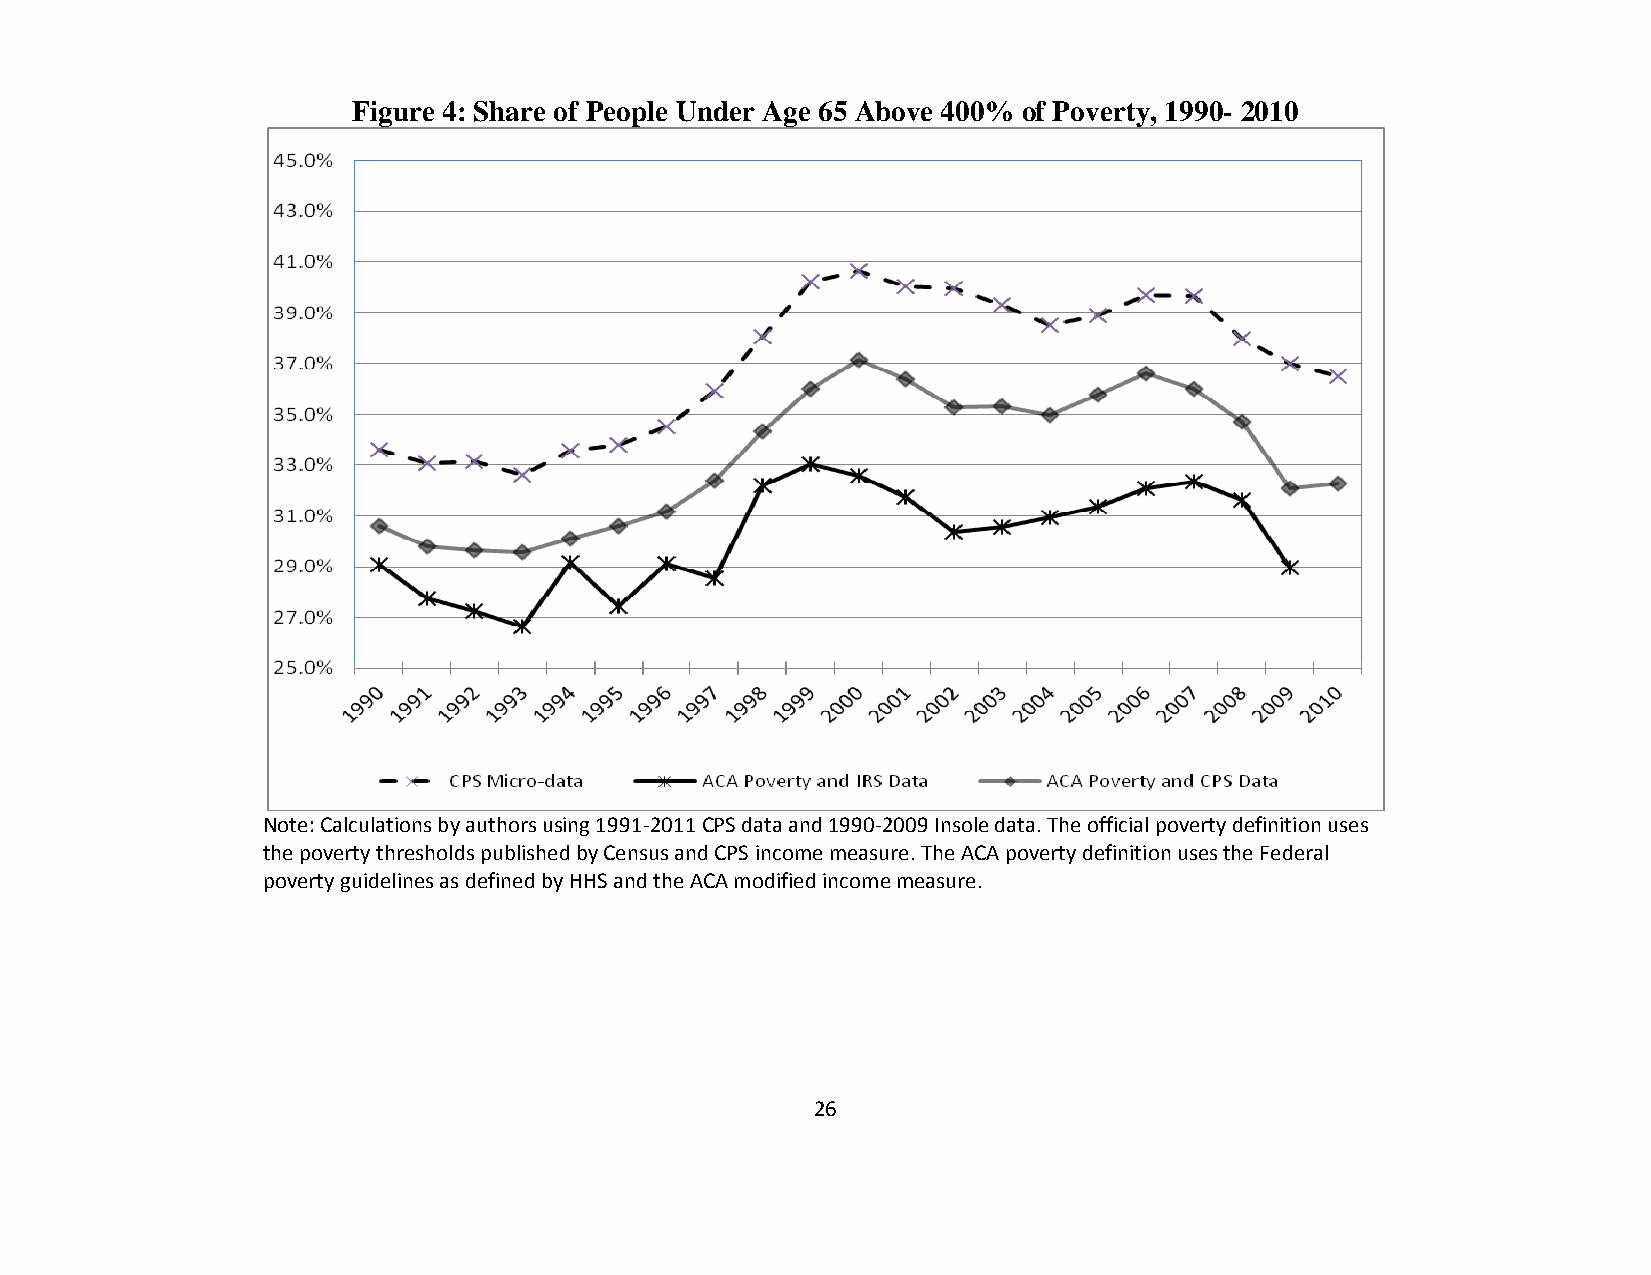
Figure 4: Share of People Under Age 65 Above 400% of Poverty, 1990- 2010
 Note: Calculations by authors using 1991-2011 CPS data and 1990-2009 Insole data. The official poverty definition uses
 the poverty thresholds published by Census and CPS income measure. The ACA poverty definition uses the Federal
 poverty guidelines as defined by HHS and the ACA modified income measure.
 26